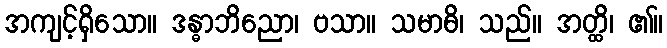
အကျင့်ရှိသော။ ဒန္ဓာဘိညော၊ ဗသာ။ သမာဓိ၊ သည်။ အတ္ထိ၊ ၏။